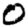
Digit: 0